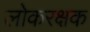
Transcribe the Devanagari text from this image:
लोकरक्षक